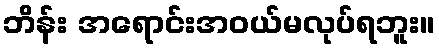
ဘိန်း အရောင်းအဝယ်မလုပ်ရဘူး။